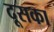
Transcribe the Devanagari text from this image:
दूसका